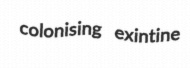
colonising exintine